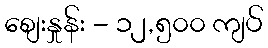
စျေးနှုန်း - ၁၂,၅၀၀ ကျပ်